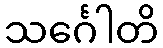
သင်္ဂေါတိ